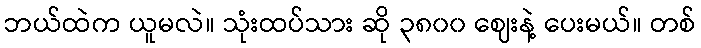
ဘယ်ထဲက ယူမလဲ။ သုံးထပ်သား ဆို ၃၈၀၀ ဈေးနဲ့ ပေးမယ်။ တစ်